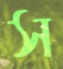
স